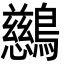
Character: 𪇔